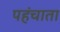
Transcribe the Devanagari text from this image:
पहंचाता